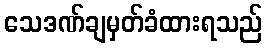
သေဒဏ်ချမှတ်ခံထားရသည်